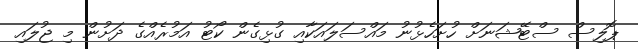
ޕޮލިސް ސްޓޭޝަނަށް ހުށަހެޅުނު މައްސަލައަކާއި ގުޅިގެން ކޯޓު އަމުރެއްގެ ދަށުން މި ޖުލައި